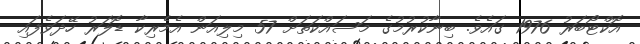
އޮކްޓޯބަރު 1976 ގައެވެ. ބިނާކުރުމުގެ މަސައްކަތަށް 57 މިލިއަން އެމެރިކާ ޑޮލަރު ހޭދަވެފައި